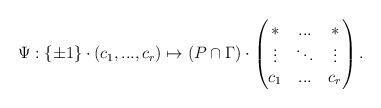
LaTeX: \begin{align*} \Psi: \{\pm 1\} \cdot (c_1, ..., c_{r}) \mapsto(P\cap \Gamma) \cdot \begin{pmatrix} * & ... & * \\\vdots & \ddots & \vdots \\c_1 &... &c_{r}\end{pmatrix}.\end{align*}